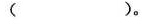
( )。